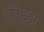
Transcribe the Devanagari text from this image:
रीदा